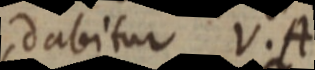
dabitur V. A